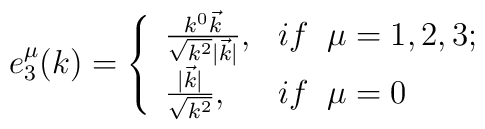
e^{\mu}_3(k)=\left \{ \begin{array}{ll}\frac{k^0\vec k}{\sqrt{k^2}|\vec k|}, & if \;\;\mu=1,2,3; \\ \frac{|\vec k|}{\sqrt{k^2}}, & if\;\;\mu=0\end{array}\right.